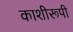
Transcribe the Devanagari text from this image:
काशीरूपी